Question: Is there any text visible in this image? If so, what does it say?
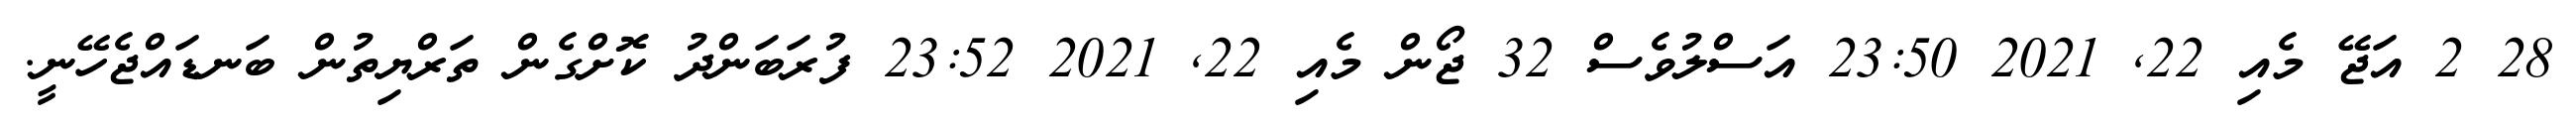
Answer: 28 2 އަޖޭ މެއި 22, 2021 23:50 އަސްލުވެސް 32 ޖޯން މެއި 22, 2021 23:52 ފުރަބަންދު ކޮށްގެން ތަރްޔިތުން ބަނޑައްޖެހޭނީ.